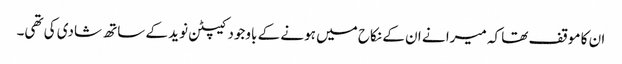
ان کا موقف تھا کہ میرا نے ان کے نکاح میں ہونے کے باوجود کیپٹن نوید کے ساتھ شادی کی تھی۔